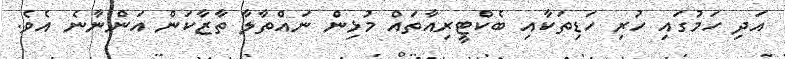
އަދި ހަމުގައި ހުރި ހަޑިތަކާއި ބެކްޓީރިއާތައް މުޅިން ނައްތާލާ ތާޒާކަން އަންނާނެ އެވެ.